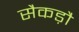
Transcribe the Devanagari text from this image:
सैकड़ौ